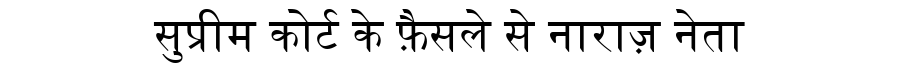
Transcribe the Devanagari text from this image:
सुप्रीम कोर्ट के फ़ैसले से नाराज़ नेता